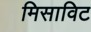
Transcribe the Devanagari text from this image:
मिसाविट